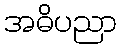
အဓိပညာ